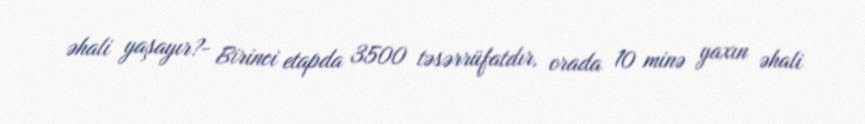
əhali yaşayır?- Birinci etapda 3500 təsərrüfatdır, orada 10 minə yaxın əhali